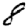
Digit: 8